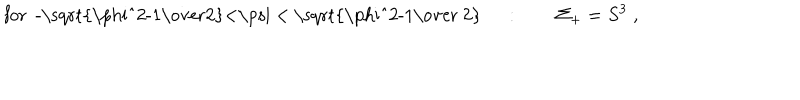
LaTeX: \mathrm { f o r ~ - \sqrt { \frac { \ p h i ^ { 2 } - 1 } { 2 } } < \ p s i ~ < ~ \sqrt { \frac { \ p h i ^ { 2 } - 1 } { ~ 2 } } ~ } \quad : \qquad \Sigma _ { + } = S ^ { 3 } \; ,